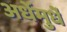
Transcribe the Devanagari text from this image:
अर्धेमुर्धे